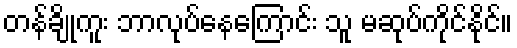
တန်ချိုကူး ဘာလုပ်နေကြောင်း သူ မဆုပ်ကိုင်နိုင်။